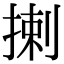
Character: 揦